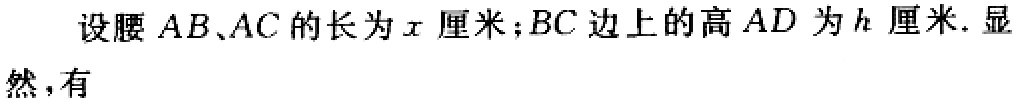
设腰\(AB、AC\)的长为\(x\)厘米；\(BC\)边上的高\(AD\)为\(h\)厘米. 显然，有